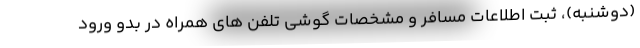
(دوشنبه)، ثبت اطلاعات مسافر و مشخصات گوشی تلفن های همراه در بدو ورود